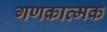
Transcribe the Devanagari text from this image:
गणकात्मक